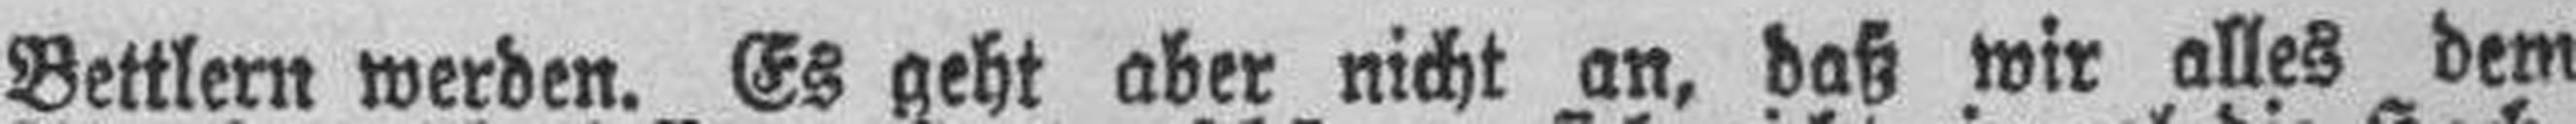
Bettlern werden. Es geht aber nicht an, daß wir alles dem